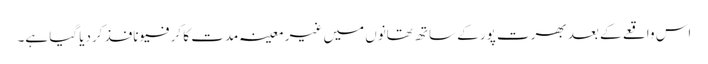
اس واقعے کے بعد بھرت پور کے ساتھ تھانوں میں غیر معینہ مدت کا کرفیو نافذ کردیا گیا ہے۔